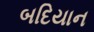
બદિયાન